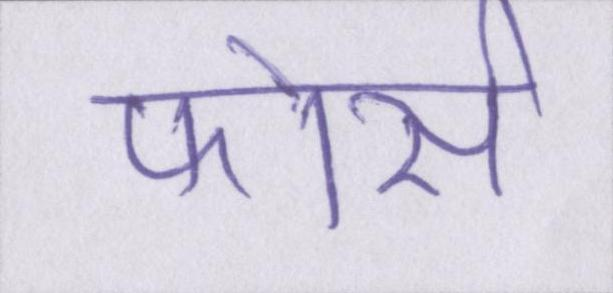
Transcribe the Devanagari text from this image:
फोर्स